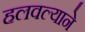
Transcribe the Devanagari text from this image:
हलवल्याने